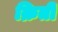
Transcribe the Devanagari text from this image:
क्रिती